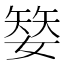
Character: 𡠅